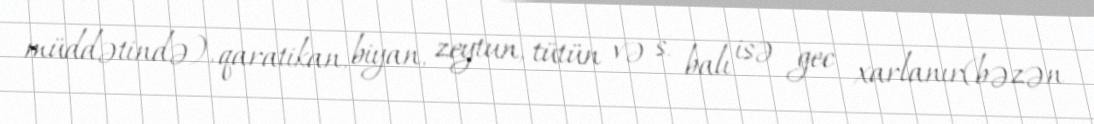
müddətində), qaratikan, biyan, zeytun, tütün və s. balı isə gec xarlanır(bəzən